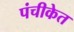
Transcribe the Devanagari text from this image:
पंचीकेत